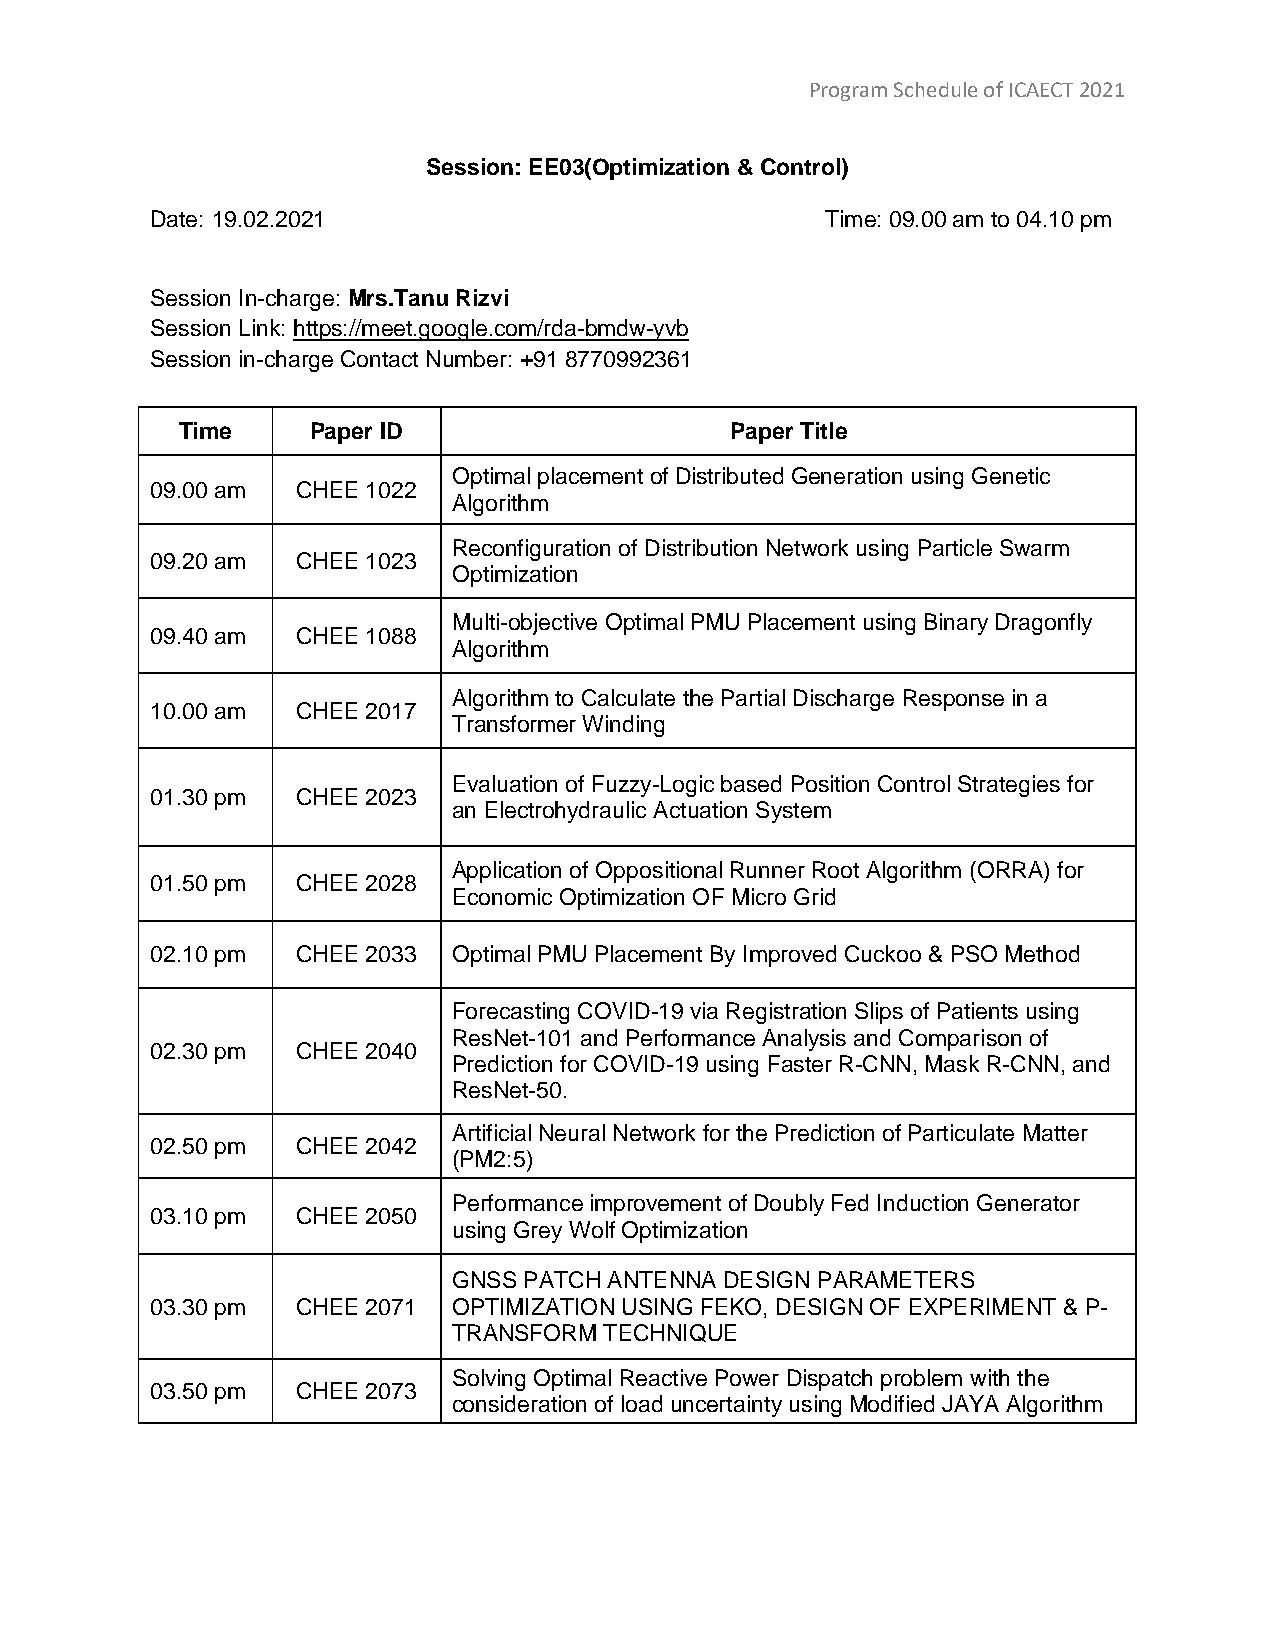
Program Schedule of ICAECT 2021
 Session: EE03(Optimization & Control)
 Date: 19.02.2021                             Time: 09.00 am to 04.10 pm
 Session In-charge: Mrs.Tanu Rizvi
 Session Link: https://meet.google.com/rda-bmdw-yvb
 Session in-charge Contact Number: +91 8770992361
 Time    Paper ID                    Paper Title
 Optimal placement of Distributed Generation using Genetic
 09.00 am  CHEE 1022
 Algorithm
 Reconfiguration of Distribution Network using Particle Swarm
 09.20 am  CHEE 1023
 Optimization
 Multi-objective Optimal PMU Placement using Binary Dragonfly
 09.40 am  CHEE 1088
 Algorithm
 Algorithm to Calculate the Partial Discharge Response in a
 10.00 am  CHEE 2017
 Transformer Winding
 Evaluation of Fuzzy-Logic based Position Control Strategies for
 01.30 pm  CHEE 2023
 an Electrohydraulic Actuation System
 Application of Oppositional Runner Root Algorithm (ORRA) for
 01.50 pm  CHEE 2028
 Economic Optimization OF Micro Grid
 02.10 pm  CHEE 2033 Optimal PMU Placement By Improved Cuckoo & PSO Method
 Forecasting COVID-19 via Registration Slips of Patients using
 ResNet-101 and Performance Analysis and Comparison of
 02.30 pm  CHEE 2040
 Prediction for COVID-19 using Faster R-CNN, Mask R-CNN, and
 ResNet-50.
 Artificial Neural Network for the Prediction of Particulate Matter
 02.50 pm  CHEE 2042
 (PM2:5)
 Performance improvement of Doubly Fed Induction Generator
 03.10 pm  CHEE 2050
 using Grey Wolf Optimization
 GNSS PATCH ANTENNA DESIGN PARAMETERS
 03.30 pm  CHEE 2071 OPTIMIZATION USING FEKO, DESIGN OF EXPERIMENT & P-
 TRANSFORM TECHNIQUE
 Solving Optimal Reactive Power Dispatch problem with the
 03.50 pm  CHEE 2073
 consideration of load uncertainty using Modified JAYA Algorithm